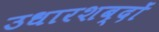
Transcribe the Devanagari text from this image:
उधारशब्दों